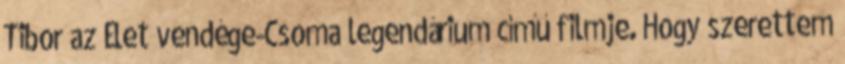
Tibor az Élet vendége-Csoma legendárium című filmje. Hogy szerettem